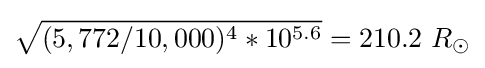
{\sqrt {(5,772/10,000)^{4}*10^{5.6}}}=210.2\ R_{\odot }